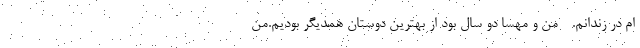
ام در زندانم. - من و مهسا دو سال بود از بهترین دوستان همدیگر بودیم.من